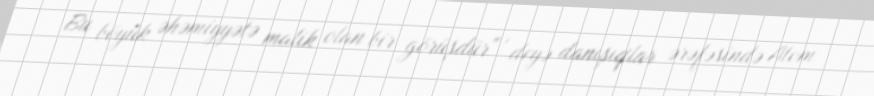
Bu böyük əhəmiyyətə malik olan bir görüşdür" , deyə danışıqlar ərəfəsində Atom